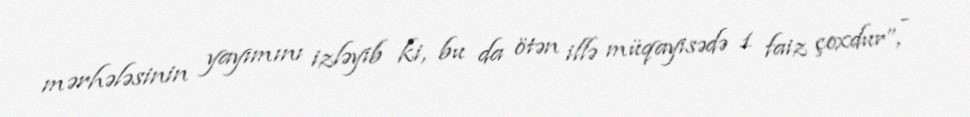
mərhələsinin yayımını izləyib ki, bu da ötən illə müqayisədə 1 faiz çoxdur”, -